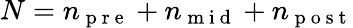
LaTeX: N=n_{\mathrm{~p~r~e~}}+n_{\mathrm{~m~i~d~}}+n_{\mathrm{~p~o~s~t~}}